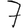
Digit: 7